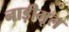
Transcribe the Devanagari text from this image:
नाड़ीमूल